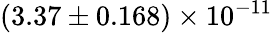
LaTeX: (3.37\pm 0.168)\times 10^{-11}